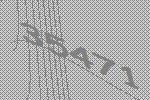
35471